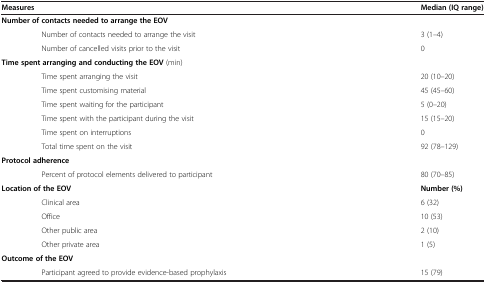
<table><thead><tr><td><b>Measures</b></td><td><b>Median (IQ range)</b></td></tr></thead><tbody><tr><td><b>Number of contacts needed to arrange the EOV</b></td><td> </td></tr><tr><td>Number of contacts needed to arrange the visit</td><td>3 (1–4)</td></tr><tr><td>Number of cancelled visits prior to the visit</td><td>0</td></tr><tr><td><b>Time spent arranging and conducting the EOV</b> (min)</td><td> </td></tr><tr><td>Time spent arranging the visit</td><td>20 (10–20)</td></tr><tr><td>Time spent customising material</td><td>45 (45–60)</td></tr><tr><td>Time spent waiting for the participant</td><td>5 (0–20)</td></tr><tr><td>Time spent with the participant during the visit</td><td>15 (15–20)</td></tr><tr><td>Time spent on interruptions</td><td>0</td></tr><tr><td>Total time spent on the visit</td><td>92 (78–129)</td></tr><tr><td><b>Protocol adherence</b></td><td> </td></tr><tr><td>Percent of protocol elements delivered to participant</td><td>80 (70–85)</td></tr><tr><td><b>Location of the EOV</b></td><td><b>Number (%)</b></td></tr><tr><td>Clinical area</td><td>6 (32)</td></tr><tr><td>Office</td><td>10 (53)</td></tr><tr><td>Other public area</td><td>2 (10)</td></tr><tr><td>Other private area</td><td>1 (5)</td></tr><tr><td><b>Outcome of the EOV</b></td><td> </td></tr><tr><td>Participant agreed to provide evidence-based prophylaxis</td><td>15 (79)</td></tr></tbody></table>